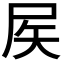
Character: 𡱁